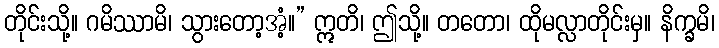
တိုင်းသို့။ ဂမိဿာမိ၊ သွားတော့အံ့။” ဣတိ၊ ဤသို့။ တတော၊ ထိုမလ္လာတိုင်းမှ။ နိက္ခမိ၊